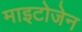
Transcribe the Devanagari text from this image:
माइटोजेन